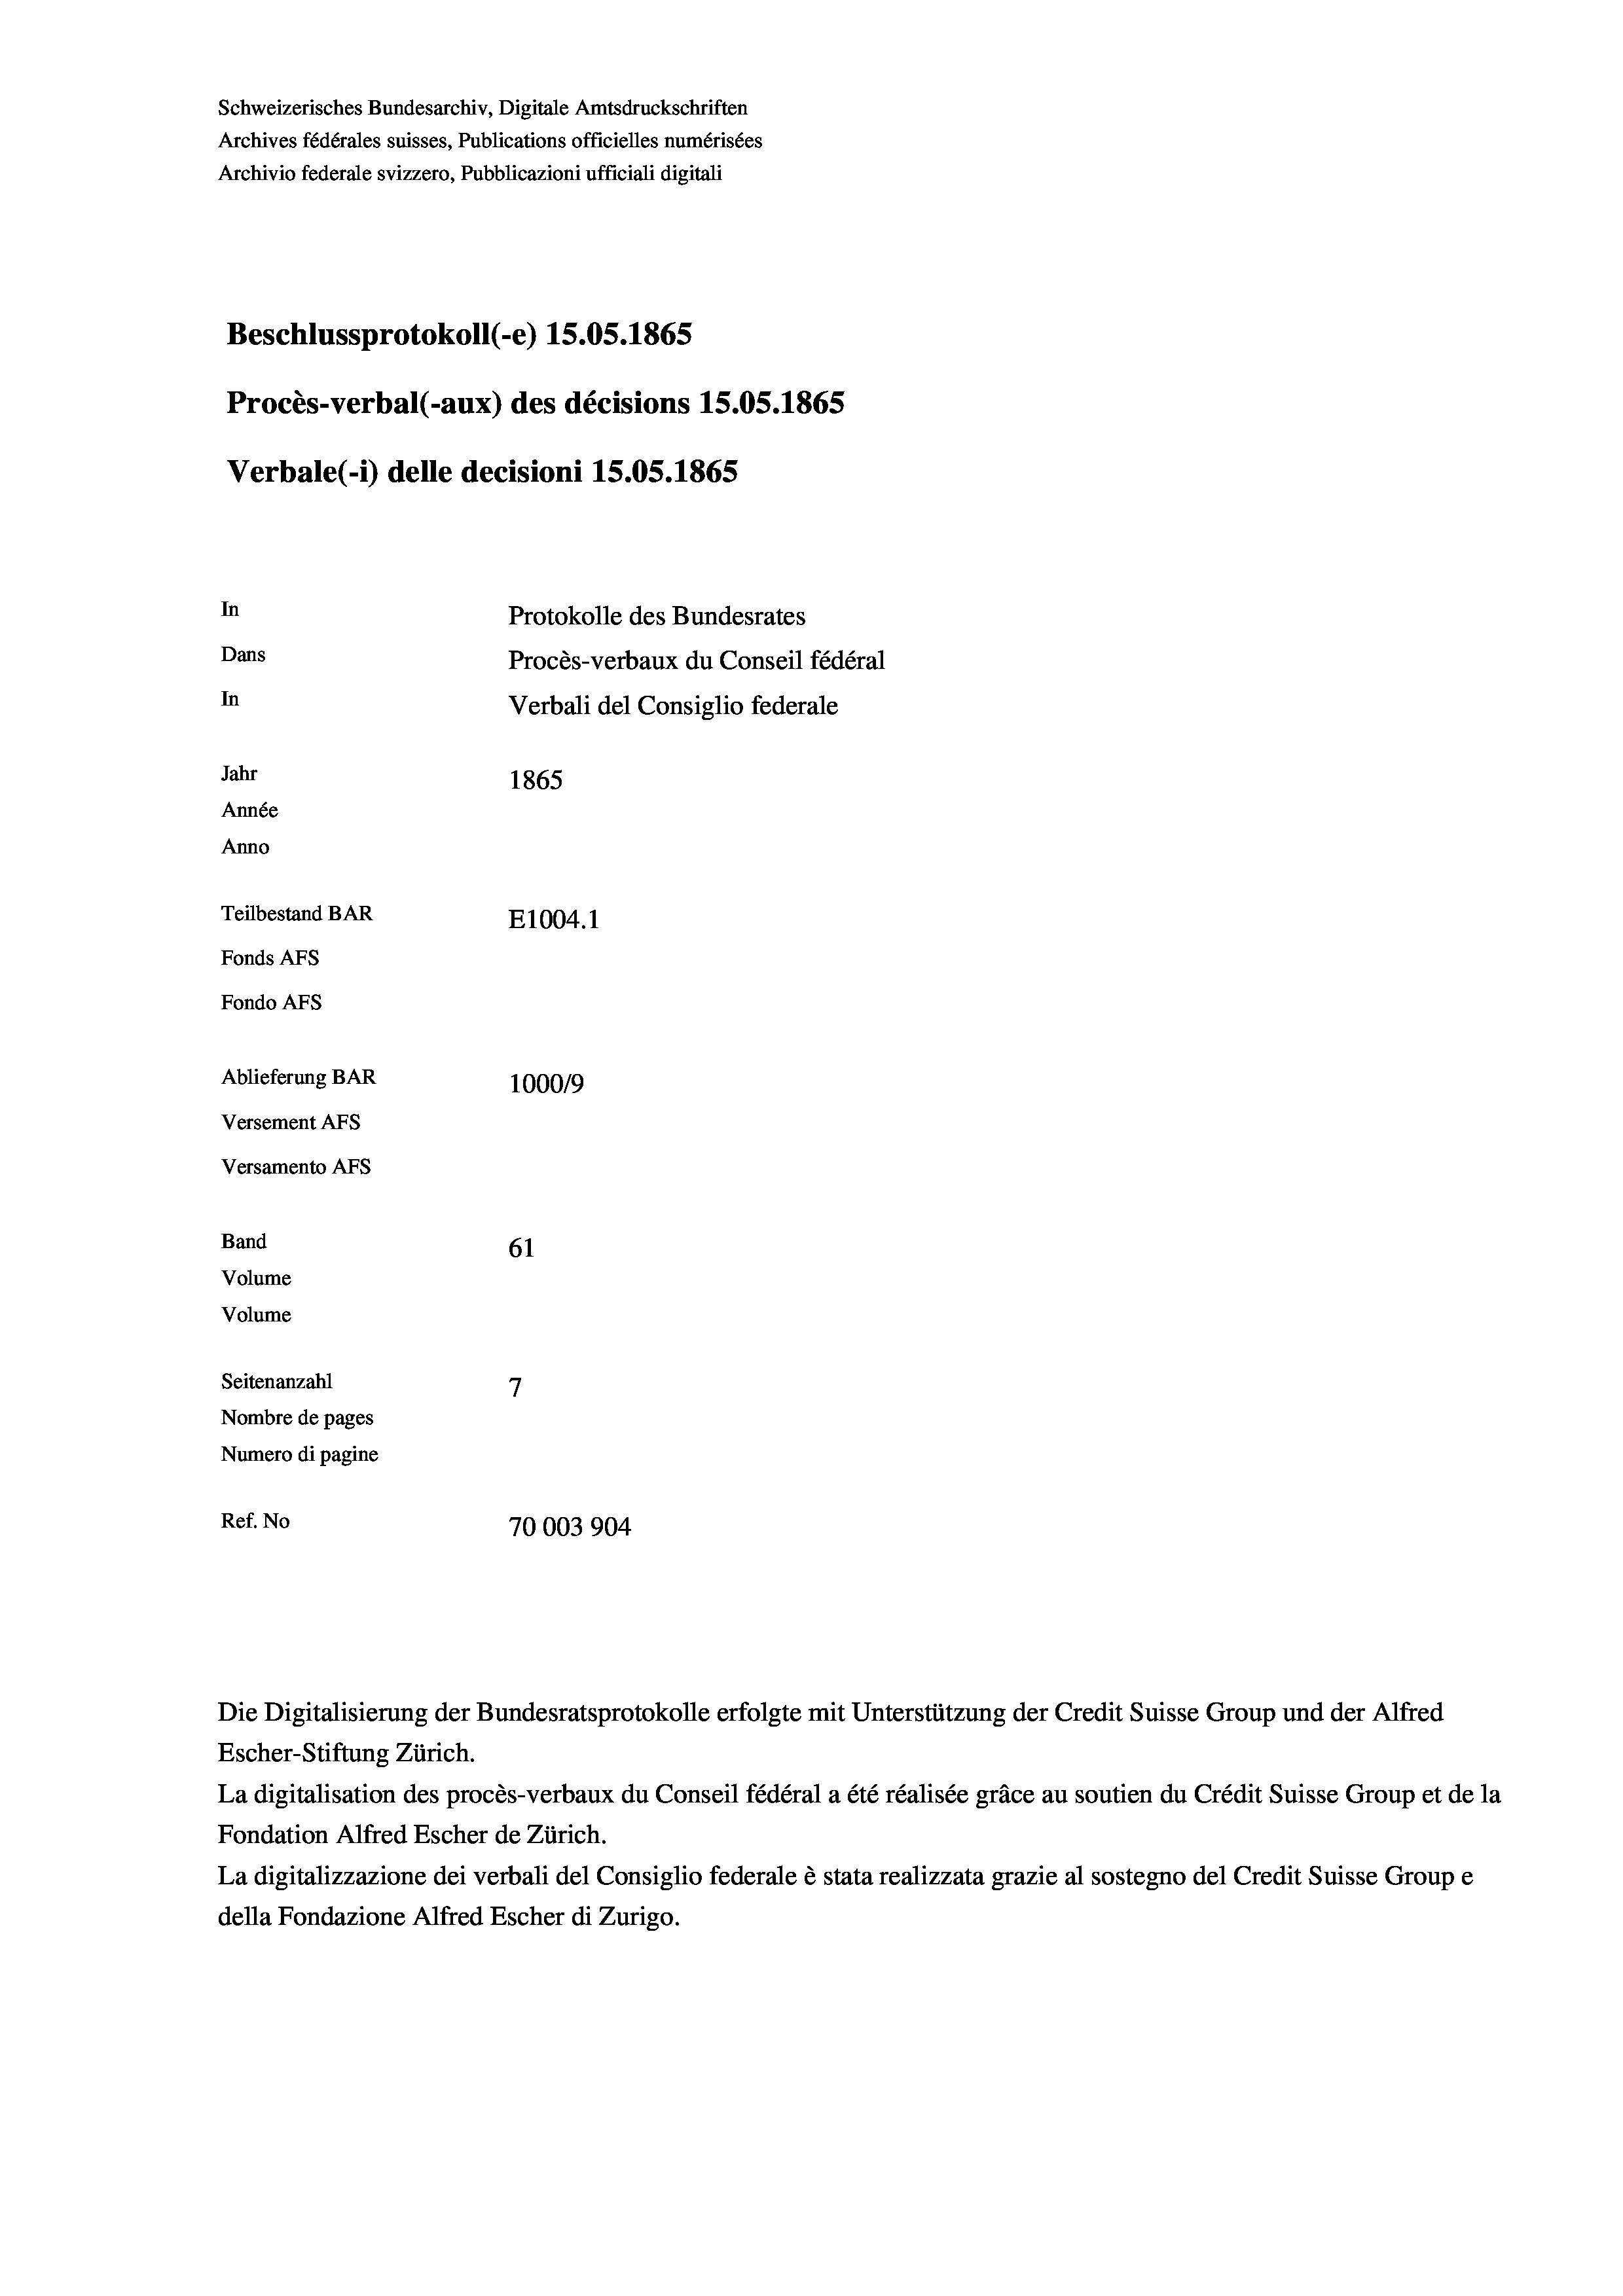
Schweizerisches Bundesarchiv, Digitale Amtsdruckschriften
Archives fédérales suisses, Publications officielles numérisées
Archivio federale svizzero, Pubblicazioni ufficiali digitali
Beschlussprotokoll (-e) 15.05. 1865
Procès-verbal (-aux) des décisions 15.05. 1865
Verbale(*) delle decisioni 15.05. 1865
In
Protokolle des Bundesrates
Dans
Procès-verbaux du Conseil fédéral
In
Verbali del Consiglio federale
Jahr
1865
Année
Anno
Teilbestand BAR
E1004.1
Fonds AFs
Fondo AFS
Ablieferung BAR
100019
Versement Abs
Versamento Afs
Band
61
Volume
Volume

7
Seitenanzahl
Nombre de pages
Numero di pagine
Ref. No
70003904

Escher-Stiftung Zürich.
La digitalisation des procès-verbaux du Conseil fédéral a été réalisée gräce au soutien du Crédit Suisse Group et de la
Fondation Alfred Escher de Zürich.
La digitalizzazione dei verbali del Consiglio federale è stata realizzata grazie al sostegno del Credit Suisse Groupe
della Fondazione Alfred Escher di Zurigo.

Die Digitalisierung der Bundesratsprotokolle erfolgte mit Unterstützung der Credit Suisse Group und der Alfred